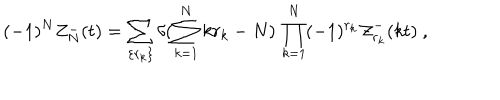
( - 1 ) ^ { N } Z _ { N } ^ { - } ( t ) = \sum _ { \{ r _ { k } \} } \delta ( \sum _ { k = 1 } ^ { N } k r _ { k } - N ) \, \prod _ { k = 1 } ^ { N } ( - 1 ) ^ { r _ { k } } { \cal Z } _ { r _ { k } } ^ { - } ( k t ) ~ ,